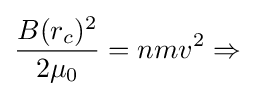
{\frac {B(r_{c})^{2}}{2\mu _{0}}}=nmv^{2}\Rightarrow